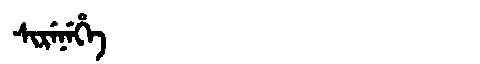
Manchu: ᠰᡳᡵᡝᠨᡝᡥᡝ
Romanization: SIRENEHE